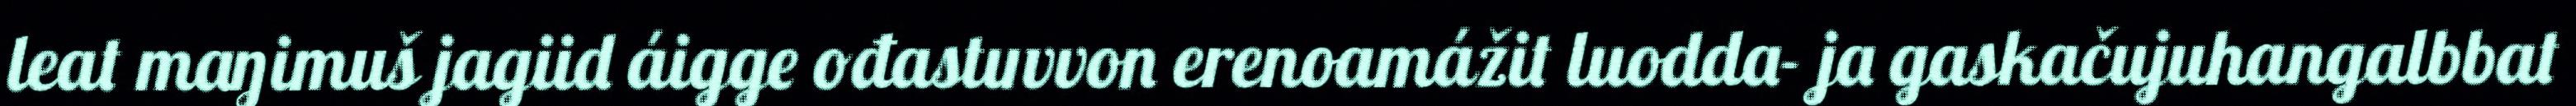
leat maŋimuš jagiid áigge ođastuvvon erenoamážit luodda- ja gaskačujuhangalbbat